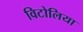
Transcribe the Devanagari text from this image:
विटोलिया